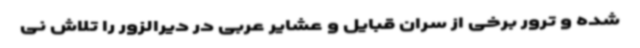
شده و ترور برخی از سران قبایل و عشایر عربی در دیرالزور را تلاش نی